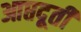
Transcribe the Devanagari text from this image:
आप्तदूती